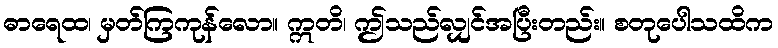
ဓာရေထ၊ မှတ်ကြကုန်လော။ ဣတိ၊ ဤသည်လျှင်အပြီးတည်း။ စတုပေါသထိက